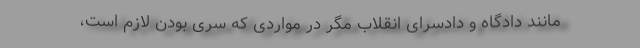
مانند دادگاه و دادسرای انقلاب مگر در مواردی که سری بودن لازم است،